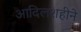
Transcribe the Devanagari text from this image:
आदिलशहीने